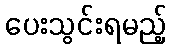
ပေးသွင်းရမည့်